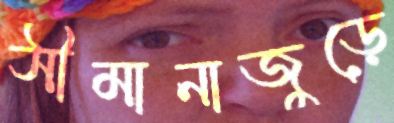
সীমানাজুড়ে